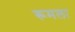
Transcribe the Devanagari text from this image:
रूमला